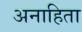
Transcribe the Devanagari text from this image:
अनाहिता